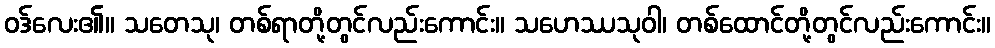
ဝဒ်လေး၏။ သတေသု၊ တစ်ရာတို့တွင်လည်းကောင်း။ သဟေဿသုဝါ၊ တစ်ထောင်တို့တွင်လည်းကောင်း။